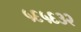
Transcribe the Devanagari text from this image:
५६५६३२